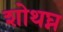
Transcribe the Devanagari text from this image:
शोथघ्न